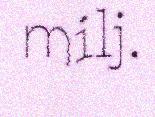
milj.